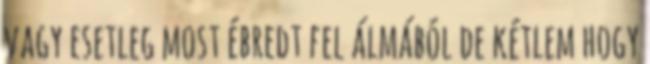
vagy esetleg most ébredt fel álmából de kétlem hogy